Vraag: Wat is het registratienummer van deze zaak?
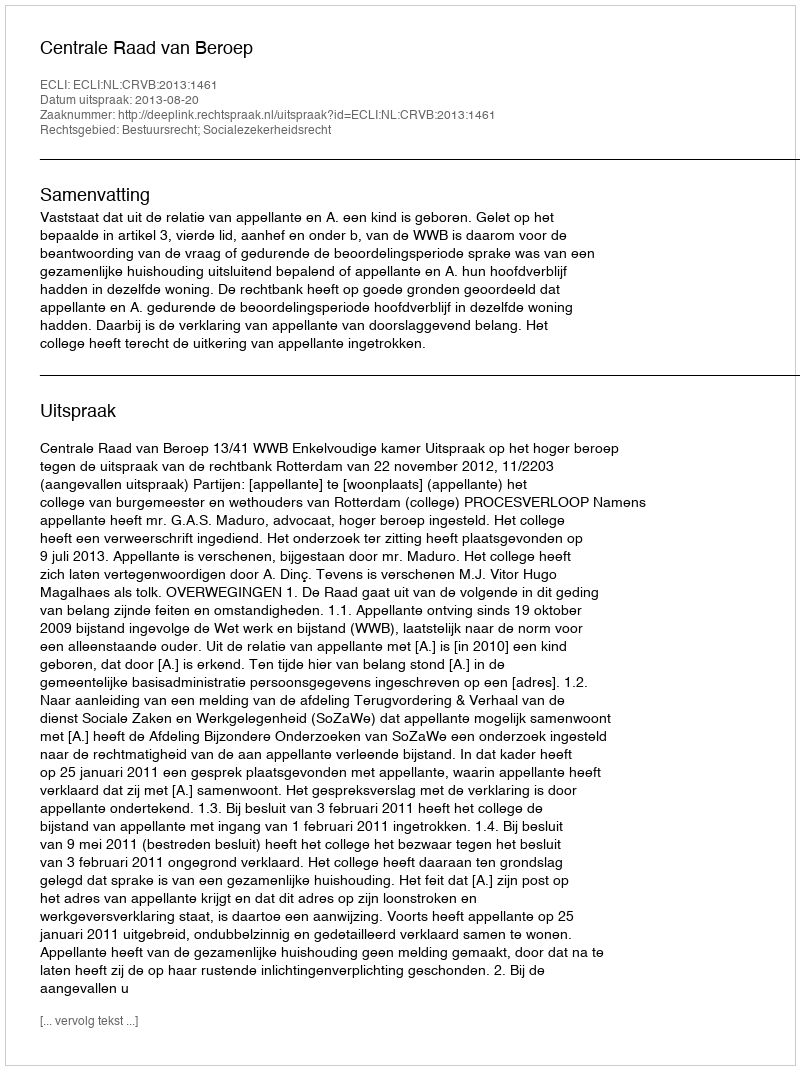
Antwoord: http://deeplink.rechtspraak.nl/uitspraak?id=ECLI:NL:CRVB:2013:1461